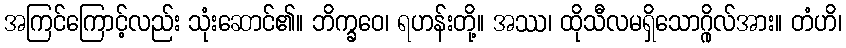
အကြင်ကြောင့်လည်း သုံးဆောင်၏။ ဘိက္ခဝေ၊ ရဟန်းတို့။ အဿ၊ ထိုသီလမရှိသောဂ္ဂိုလ်အား။ တံဟိ၊